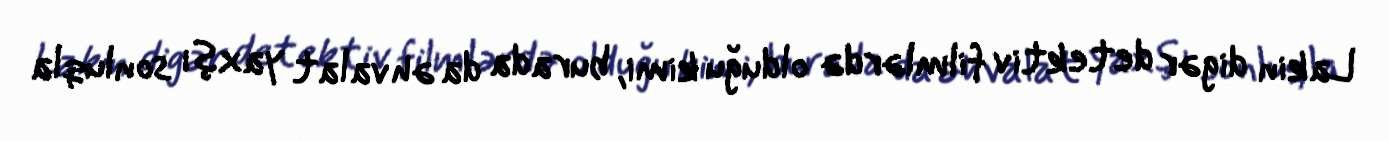
Lakin digər detektiv filmlərdə olduğu kimi, burada da əhvalat yaxşı sonluqla